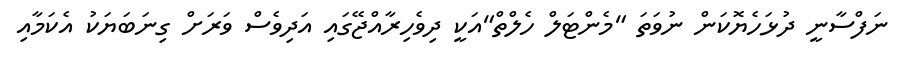
ނަފްސާނީ ދުޅަހެޔޮކަން ނުވަތަ "މެންޓަލް ހެލްތް"އަކީ ދިވެހިރާއްޖޭގައި އަދިވެސް ވަރަށް ގިނަބަޔަކު އެކަމާއި